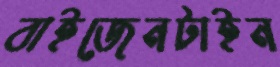
বাইজেনটাইন